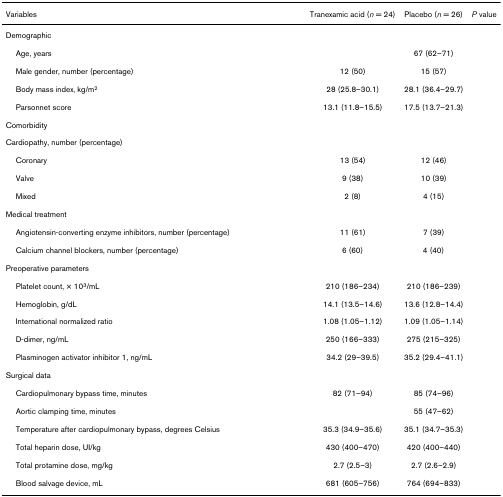
<table><thead><tr><td><b>Variables</b></td><td><b>Tranexamic acid (<i>n </i>= 24)</b></td><td><b>Placebo (<i>n </i>= 26)</b></td><td><b><i>P </i>value</b></td></tr></thead><tbody><tr><td>Demographic</td><td>[EMPTY_CELL]</td><td>[EMPTY_CELL]</td><td>[EMPTY_CELL]</td></tr><tr><td> Age, years</td><td>[EMPTY_CELL]</td><td>67 (62–71)</td><td>[EMPTY_CELL]</td></tr><tr><td> Male gender, number (percentage)</td><td>12 (50)</td><td>15 (57)</td><td>[EMPTY_CELL]</td></tr><tr><td> Body mass index, kg/m<sup>2</sup></td><td>28 (25.8–30.1)</td><td>28.1 (36.4–29.7)</td><td>[EMPTY_CELL]</td></tr><tr><td> Parsonnet score</td><td>13.1 (11.8–15.5)</td><td>17.5 (13.7–21.3)</td><td>[EMPTY_CELL]</td></tr><tr><td>Comorbidity</td><td>[EMPTY_CELL]</td><td>[EMPTY_CELL]</td><td>[EMPTY_CELL]</td></tr><tr><td>Cardiopathy, number (percentage)</td><td>[EMPTY_CELL]</td><td>[EMPTY_CELL]</td><td>[EMPTY_CELL]</td></tr><tr><td> Coronary</td><td>13 (54)</td><td>12 (46)</td><td>[EMPTY_CELL]</td></tr><tr><td> Valve</td><td>9 (38)</td><td>10 (39)</td><td>[EMPTY_CELL]</td></tr><tr><td> Mixed</td><td>2 (8)</td><td>4 (15)</td><td>[EMPTY_CELL]</td></tr><tr><td>Medical treatment</td><td>[EMPTY_CELL]</td><td>[EMPTY_CELL]</td><td>[EMPTY_CELL]</td></tr><tr><td> Angiotensin-converting enzyme inhibitors, number (percentage)</td><td>11 (61)</td><td>7 (39)</td><td>[EMPTY_CELL]</td></tr><tr><td> Calcium channel blockers, number (percentage)</td><td>6 (60)</td><td>4 (40)</td><td>[EMPTY_CELL]</td></tr><tr><td>Preoperative parameters</td><td>[EMPTY_CELL]</td><td>[EMPTY_CELL]</td><td>[EMPTY_CELL]</td></tr><tr><td> Platelet count, × 10<sup>3</sup>/mL</td><td>210 (186–234)</td><td>210 (186–239)</td><td>[EMPTY_CELL]</td></tr><tr><td> Hemoglobin, g/dL</td><td>14.1 (13.5–14.6)</td><td>13.6 (12.8–14.4)</td><td>[EMPTY_CELL]</td></tr><tr><td> International normalized ratio</td><td>1.08 (1.05–1.12)</td><td>1.09 (1.05–1.14)</td><td>[EMPTY_CELL]</td></tr><tr><td> D-dimer, ng/mL</td><td>250 (166–333)</td><td>275 (215–325)</td><td>[EMPTY_CELL]</td></tr><tr><td> Plasminogen activator inhibitor 1, ng/mL</td><td>34.2 (29–39.5)</td><td>35.2 (29.4–41.1)</td><td>[EMPTY_CELL]</td></tr><tr><td>Surgical data</td><td>[EMPTY_CELL]</td><td>[EMPTY_CELL]</td><td>[EMPTY_CELL]</td></tr><tr><td> Cardiopulmonary bypass time, minutes</td><td>82 (71–94)</td><td>85 (74–96)</td><td>[EMPTY_CELL]</td></tr><tr><td> Aortic clamping time, minutes</td><td>[EMPTY_CELL]</td><td>55 (47–62)</td><td>[EMPTY_CELL]</td></tr><tr><td> Temperature after cardiopulmonary bypass, degrees Celsius</td><td>35.3 (34.9–35.6)</td><td>35.1 (34.7–35.3)</td><td>[EMPTY_CELL]</td></tr><tr><td> Total heparin dose, UI/kg</td><td>430 (400–470)</td><td>420 (400–440)</td><td>[EMPTY_CELL]</td></tr><tr><td> Total protamine dose, mg/kg</td><td>2.7 (2.5–3)</td><td>2.7 (2.6–2.9)</td><td>[EMPTY_CELL]</td></tr><tr><td> Blood salvage device, mL</td><td>681 (605–756)</td><td>764 (694–833)</td><td>[EMPTY_CELL]</td></tr></tbody></table>